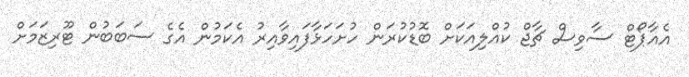
އެއާޕޯޓް ސާވިސް ޗާޖް ކުއްލިއަކަށް ބޮޑުކުރަން ހުށަހަޅާފައިވާއިރު އެކަމުން އެގެ ސަބަބުން ޓޫރިޒަމަށް